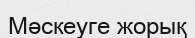
Мәскеуге жорық